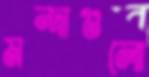
মন্দাগুলো